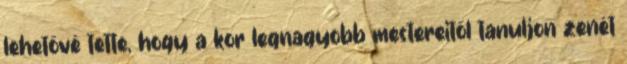
lehetővé tette, hogy a kor legnagyobb mestereitől tanuljon zenét